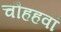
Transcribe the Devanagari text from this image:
चौहहवां